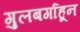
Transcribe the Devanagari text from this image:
गुलबर्गाहून